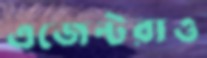
এজেন্টরাও